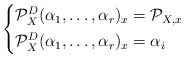
\begin{align*}\left \{ \begin{aligned} \mathcal P_X^D(\alpha_1, \dots, \alpha_r)_x &= \mathcal P_{X, x} & \\ \mathcal P_X^D(\alpha_1, \dots, \alpha_r)_x &= \alpha_i & \end{aligned} \right.\end{align*}